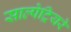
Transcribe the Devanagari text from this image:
साल्पेट्रियरे